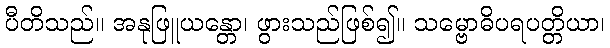
ပီတိသည်။ အနုဖြူယန္တော၊ ဖွားသည်ဖြစ်၍။ သမ္ဗောဓိပရပတ္တိယာ၊